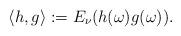
LaTeX: \begin{align*}\left<h, g\right>:=E_\nu(h(\omega)g(\omega)).\end{align*}